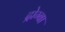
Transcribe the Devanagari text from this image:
द्रोग्बा